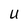
Character: U